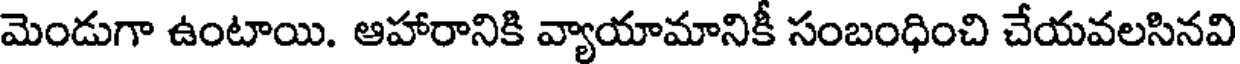
మెండుగా ఉంటాయి. ఆహారానికి వ్యాయామానికీ సంబంధించి చేయవలసినవి